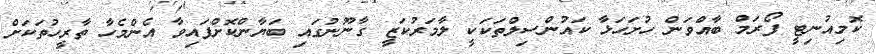
ކޮމިއުނިޓީ ފޯރަމް ބާއްވަން ހުށަހަޅާ ކައުންސިލްތަކަކީ ލާމަރުކަޒީ ގާނޫނުގައި ބަޔާންކޮށްފައިވާ އެންމެހާ ތާރީހުތަކަށް